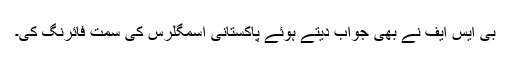
بی ایس ایف نے بھی جواب دیتے ہوئے پاکستانی اسمگلرس کی سمت فائرنگ کی۔